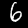
Label: 6